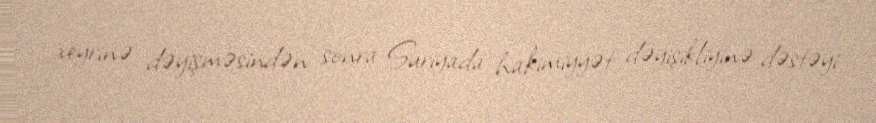
xeyrinə dəyişməsindən sonra Suriyada hakimiyyət dəyişikliyinə dəstəyi